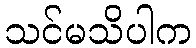
သင်မသိပါက